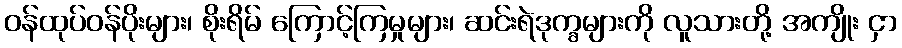
ဝန်ထုပ်ဝန်ပိုးများ၊ စိုးရိမ် ကြောင့်ကြမှုများ၊ ဆင်းရဲဒုက္ခများကို လူသားတို့ အကျိုး ငှာ